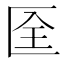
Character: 𠤹